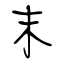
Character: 末